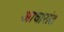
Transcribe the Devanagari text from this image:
आचारांत